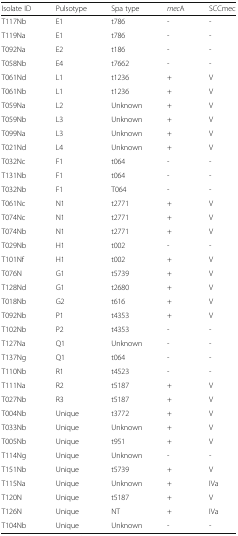
<table><thead><tr><td><b>Isolate ID</b></td><td><b>Pulsotype</b></td><td><b>Spa type</b></td><td><b><i>mec</i>A</b></td><td><b>SCCmec</b></td></tr></thead><tbody><tr><td>T117Nb</td><td>E1</td><td>t786</td><td>-</td><td>-</td></tr><tr><td>T119Na</td><td>E1</td><td>t786</td><td>-</td><td>-</td></tr><tr><td>T092Na</td><td>E2</td><td>t186</td><td>-</td><td>-</td></tr><tr><td>T058Nb</td><td>E4</td><td>t7662</td><td>-</td><td>-</td></tr><tr><td>T061Nd</td><td>L1</td><td>t1236</td><td>+</td><td>V</td></tr><tr><td>T061Nb</td><td>L1</td><td>t1236</td><td>+</td><td>V</td></tr><tr><td>T059Na</td><td>L2</td><td>Unknown</td><td>+</td><td>V</td></tr><tr><td>T059Nb</td><td>L3</td><td>Unknown</td><td>+</td><td>V</td></tr><tr><td>T099Na</td><td>L3</td><td>Unknown</td><td>+</td><td>V</td></tr><tr><td>T021Nd</td><td>L4</td><td>Unknown</td><td>+</td><td>V</td></tr><tr><td>T032Nc</td><td>F1</td><td>t064</td><td>-</td><td>-</td></tr><tr><td>T131Nb</td><td>F1</td><td>t064</td><td>-</td><td>-</td></tr><tr><td>T032Nb</td><td>F1</td><td>T064</td><td>-</td><td>-</td></tr><tr><td>T061Nc</td><td>N1</td><td>t2771</td><td>+</td><td>V</td></tr><tr><td>T074Nc</td><td>N1</td><td>t2771</td><td>+</td><td>V</td></tr><tr><td>T074Nb</td><td>N1</td><td>t2771</td><td>+</td><td>V</td></tr><tr><td>T029Nb</td><td>H1</td><td>t002</td><td>-</td><td>-</td></tr><tr><td>T101Nf</td><td>H1</td><td>t002</td><td>+</td><td>V</td></tr><tr><td>T076N</td><td>G1</td><td>t5739</td><td>+</td><td>V</td></tr><tr><td>T128Nd</td><td>G1</td><td>t2680</td><td>+</td><td>V</td></tr><tr><td>T018Nb</td><td>G2</td><td>t616</td><td>+</td><td>V</td></tr><tr><td>T092Nb</td><td>P1</td><td>t4353</td><td>+</td><td>V</td></tr><tr><td>T102Nb</td><td>P2</td><td>t4353</td><td>-</td><td>-</td></tr><tr><td>T127Na</td><td>Q1</td><td>Unknown</td><td>-</td><td>-</td></tr><tr><td>T137Ng</td><td>Q1</td><td>t064</td><td>-</td><td>-</td></tr><tr><td>T110Nb</td><td>R1</td><td>t4523</td><td>-</td><td>-</td></tr><tr><td>T111Na</td><td>R2</td><td>t5187</td><td>+</td><td>V</td></tr><tr><td>T027Nb</td><td>R3</td><td>t5187</td><td>+</td><td>V</td></tr><tr><td>T004Nb</td><td>Unique</td><td>t3772</td><td>+</td><td>V</td></tr><tr><td>T033Nb</td><td>Unique</td><td>Unknown</td><td>+</td><td>V</td></tr><tr><td>T005Nb</td><td>Unique</td><td>t951</td><td>+</td><td>V</td></tr><tr><td>T114Ng</td><td>Unique</td><td>Unknown</td><td>-</td><td>-</td></tr><tr><td>T151Nb</td><td>Unique</td><td>t5739</td><td>+</td><td>V</td></tr><tr><td>T115Na</td><td>Unique</td><td>Unknown</td><td>+</td><td>IVa</td></tr><tr><td>T120N</td><td>Unique</td><td>t5187</td><td>+</td><td>V</td></tr><tr><td>T126N</td><td>Unique</td><td>NT</td><td>+</td><td>IVa</td></tr><tr><td>T104Nb</td><td>Unique</td><td>Unknown</td><td>-</td><td>-</td></tr></tbody></table>